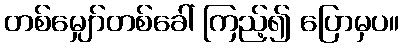
တစ်မျှော်တစ်ခေါ် ကြည့်၍ ပြောမှပ။